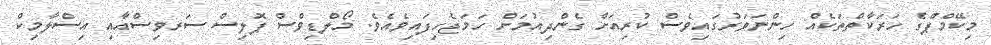
މިކޭމްޕްގެ ހަރަކާތްތަކެއް ހިންނަވަރުގައިވެސް ކުރިއަށް ގެންދިއުމަށް ހަމަޖެހިފައިވެއެވެ. މޯލްޑިވްސް ޕޮލިސް ސަރވިސްއާއި އިސްލާމިކް